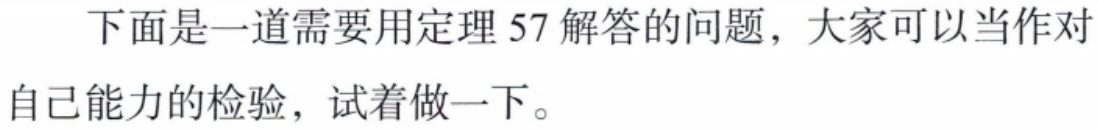
下面是一道需要用定理 57 解答的问题，大家可以当作对自己能力的检验，试着做一下。